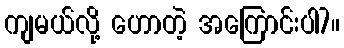
ကျမယ်လို့ ဟောတဲ့ အကြောင်းပါ7။